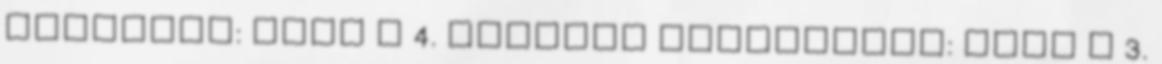
Scorpion: vége a 4. évadnak Superstore: vége a 3.